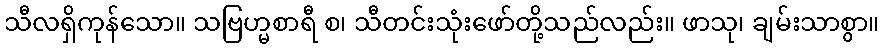
သီလရှိကုန်သော။ သဗြဟ္မစာရီ စ၊ သီတင်းသုံးဖော်တို့သည်လည်း။ ဖာသု၊ ချမ်းသာစွာ။